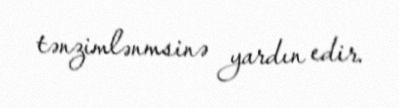
tənzimlənmsinə yardın edir.